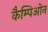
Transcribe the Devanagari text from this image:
कैम्पिओन